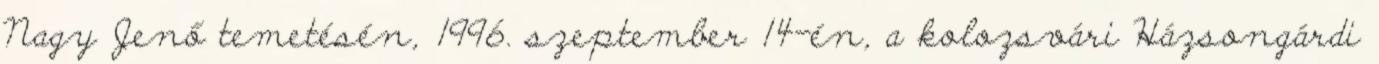
Nagy Jenő temetésén, 1996. szeptember 14-én, a kolozsvári Házsongárdi